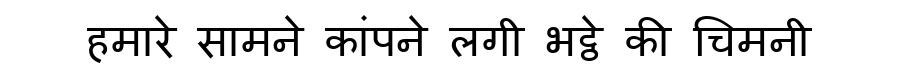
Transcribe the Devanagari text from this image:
हमारे सामने कांपने लगी भट्ठे की चिमनी